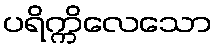
ပရိက္ကိလေသော